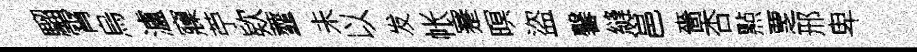
騮霄烏瀘䆿苧欵虀未以发帐蹇暝盜馨縫邕嗇杏㸃覂邢卑